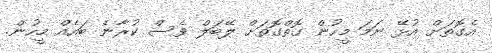
އެގޮތަށް އުޅޭ ނަމަ މީހުން ގޮތްގޮތަށް ލޭބަލް ވެސް ކުރާނެ ބައެއް މީހުން.